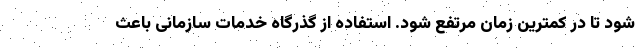
شود تا در کمترین زمان مرتفع شود. استفاده از گذرگاه خدمات سازمانی باعث